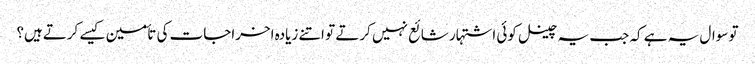
تو سوال یہ ہے کہ جب یہ چینل کوئی اشتہار شائع نہیں کرتے تو اتنے زیادہ اخراجات کی تأمین کیسے کرتےہیں؟